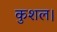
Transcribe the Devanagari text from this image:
कुशल।